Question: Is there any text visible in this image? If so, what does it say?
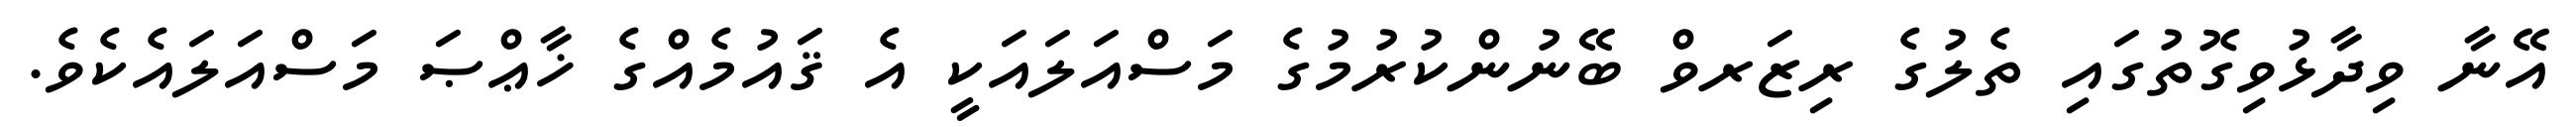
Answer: އޭނާ ވިދާޅުވިގޮތުގައި ތެލުގެ ރިޒަރވް ބޭނުންކުރުމުގެ މަސްއަލައަކީ އެ ޤައުމެއްގެ ޚާޢްޞަ މަސްއަލައެކެވެ.